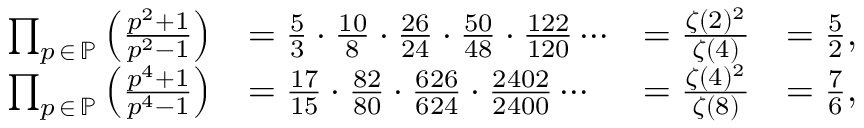
{ \begin{array} { r l r l } { \prod _ { p \, \in \, \mathbb { P } } \left( { \frac { p ^ { 2 } + 1 } { p ^ { 2 } - 1 } } \right) } & { = { \frac { 5 } { 3 } } \cdot { \frac { 1 0 } { 8 } } \cdot { \frac { 2 6 } { 2 4 } } \cdot { \frac { 5 0 } { 4 8 } } \cdot { \frac { 1 2 2 } { 1 2 0 } } \cdots } & { = { \frac { \zeta ( 2 ) ^ { 2 } } { \zeta ( 4 ) } } } & { = { \frac { 5 } { 2 } } , } \\ { \prod _ { p \, \in \, \mathbb { P } } \left( { \frac { p ^ { 4 } + 1 } { p ^ { 4 } - 1 } } \right) } & { = { \frac { 1 7 } { 1 5 } } \cdot { \frac { 8 2 } { 8 0 } } \cdot { \frac { 6 2 6 } { 6 2 4 } } \cdot { \frac { 2 4 0 2 } { 2 4 0 0 } } \cdots } & { = { \frac { \zeta ( 4 ) ^ { 2 } } { \zeta ( 8 ) } } } & { = { \frac { 7 } { 6 } } , } \end{array} }